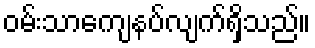
ဝမ်းသာကျေနပ်လျက်ရှိသည်။